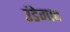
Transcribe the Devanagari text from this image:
उंडेगाव